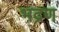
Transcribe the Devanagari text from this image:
भद्रण